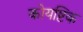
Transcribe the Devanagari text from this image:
कोयष्टिक